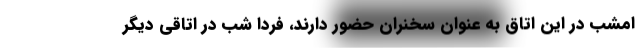
امشب در این اتاق به عنوان سخنران حضور دارند، فردا شب در اتاقی دیگر